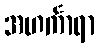
အဟင်္ကာရာ